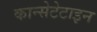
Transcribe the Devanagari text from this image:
कान्सेटेटाइन